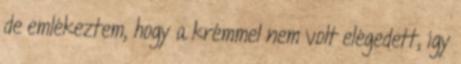
de emlékeztem, hogy a krémmel nem volt elégedett, így